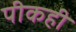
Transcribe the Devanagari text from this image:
पीकही